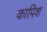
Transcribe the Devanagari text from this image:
कापिश